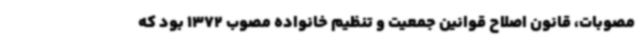
مصوبات، قانون اصلاح قوانین جمعیت و تنظیم خانواده مصوب 1372 بود که